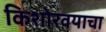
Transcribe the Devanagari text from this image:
किशोरवयाचा